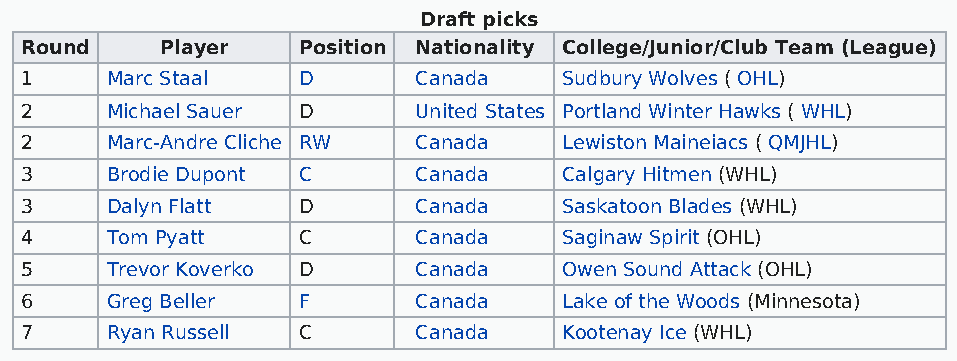
Draft picks
 Round     Player   Position Nationality College/Junior/Club Team (League)
 1     Marc Staal   D      Canada    Sudbury Wolves ( OHL)
 2     Michael Sauer D     United States Portland Winter Hawks ( WHL)
 2     Marc-Andre Cliche RW Canada   Lewiston Maineiacs ( QMJHL)
 3     Brodie Dupont C     Canada    Calgary Hitmen (WHL)
 3     Dalyn Flatt  D      Canada    Saskatoon Blades (WHL)
 4     Tom Pyatt    C      Canada    Saginaw Spirit (OHL)
 5     Trevor Koverko D    Canada    Owen Sound Attack (OHL)
 6     Greg Beller  F      Canada    Lake of the Woods (Minnesota)
 7     Ryan Russell C      Canada    Kootenay Ice (WHL)